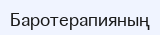
Баротерапияның